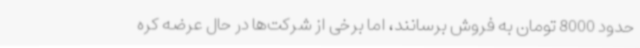
حدود 8000 تومان به فروش برسانند، اما برخی از شرکت‌ها در حال عرضه کره